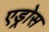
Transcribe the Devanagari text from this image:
एड्रोस